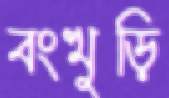
বংখুড়ি